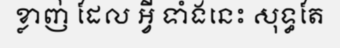
ខ្លាញ់ ដែល អ្វី ទាំងនេះ សុទ្ធតែ